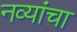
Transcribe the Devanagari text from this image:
नव्यांचा